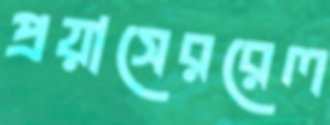
প্রয়াসেররেল